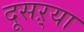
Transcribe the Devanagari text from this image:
दूसऱ्या